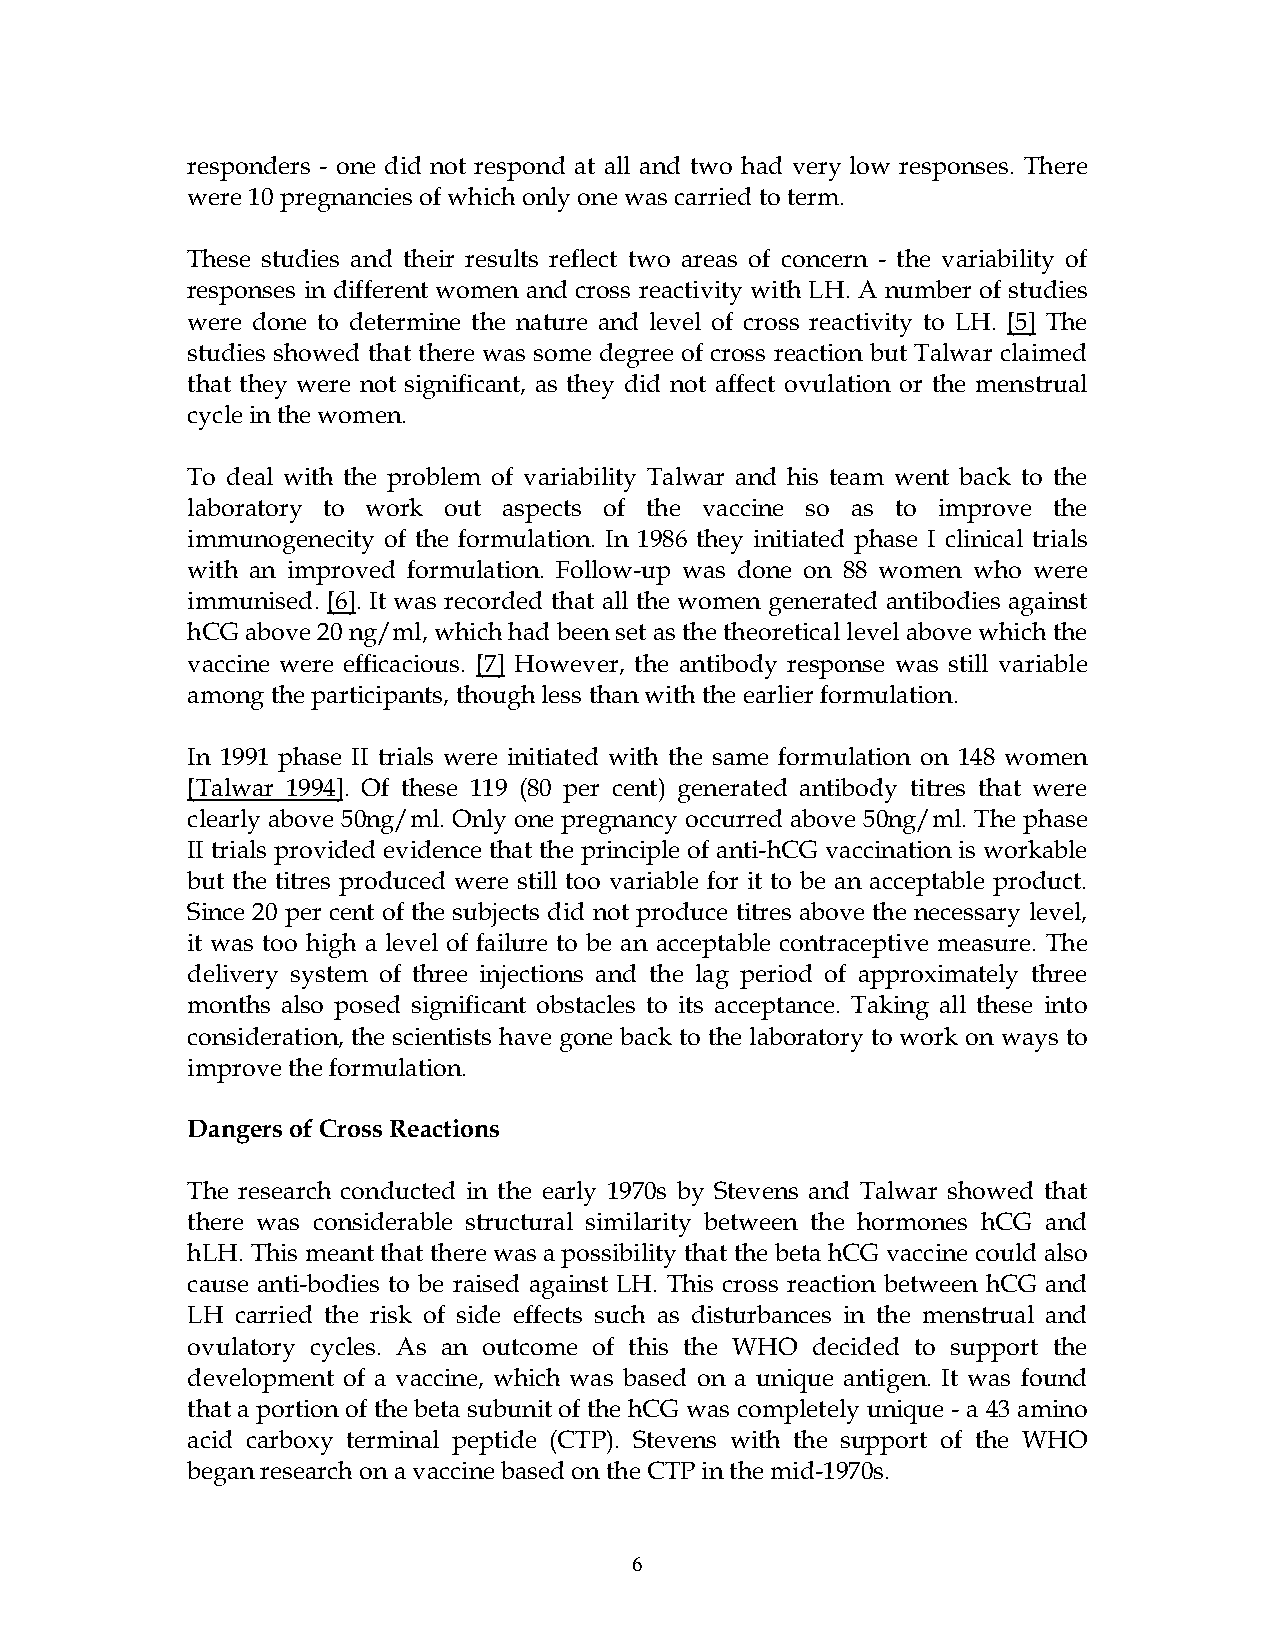
responders - one did not respond at all and two had very low responses. There
 were 10 pregnancies of which only one was carried to term.
 These studies and their results reflect two areas of concern - the variability of
 responses in different women and cross reactivity with LH. A number of studies
 were done to determine the nature and level of cross reactivity to LH. [5] The
 studies showed that there was some degree of cross reaction but Talwar claimed
 that they were not significant, as they did not affect ovulation or the menstrual
 cycle in the women.
 To deal with the problem of variability Talwar and his team went back to the
 laboratory to work out aspects of the vaccine so as to improve the
 immunogenecity of the formulation. In 1986 they initiated phase I clinical trials
 with an improved formulation. Follow-up was done on 88 women who were
 immunised. [6]. It was recorded that all the women generated antibodies against
 hCG above 20 ng/ml, which had been set as the theoretical level above which the
 vaccine were efficacious. [7] However, the antibody response was still variable
 among the participants, though less than with the earlier formulation.
 In 1991 phase II trials were initiated with the same formulation on 148 women
 [Talwar 1994]. Of these 119 (80 per cent) generated antibody titres that were
 clearly above 50ng/ml. Only one pregnancy occurred above 50ng/ml. The phase
 II trials provided evidence that the principle of anti-hCG vaccination is workable
 but the titres produced were still too variable for it to be an acceptable product.
 Since 20 per cent of the subjects did not produce titres above the necessary level,
 it was too high a level of failure to be an acceptable contraceptive measure. The
 delivery system of three injections and the lag period of approximately three
 months also posed significant obstacles to its acceptance. Taking all these into
 consideration, the scientists have gone back to the laboratory to work on ways to
 improve the formulation.
 Dangers of Cross Reactions
 The research conducted in the early 1970s by Stevens and Talwar showed that
 there was considerable structural similarity between the hormones hCG and
 hLH. This meant that there was a possibility that the beta hCG vaccine could also
 cause anti-bodies to be raised against LH. This cross reaction between hCG and
 LH  carried the risk of side effects such as disturbances in the menstrual and
 ovulatory cycles. As an outcome of this the WHO decided to support the
 development of a vaccine, which was based on a unique antigen. It was found
 that a portion of the beta subunit of the hCG was completely unique - a 43 amino
 acid carboxy terminal peptide (CTP). Stevens with the support of the WHO
 began research on a vaccine based on the CTP in the mid-1970s.
 6